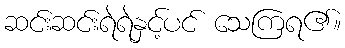
ဆင်းဆင်းရဲရဲနှင့်ပင် သေကြရ၏။